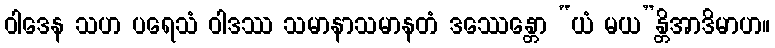
ဝါဒေန သဟ ပရေသံ ဝါဒဿ သမာနာသမာနတံ ဒဿေန္တော “ယံ မယ”န္တိအာဒိမာဟ။